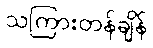
သကြားတန်ချိန်